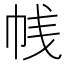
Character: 𰏕